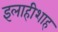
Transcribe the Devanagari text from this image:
इलाहीशाह